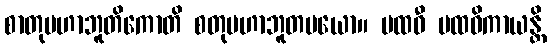
စာတုမဟာဘူတိကောတိ စတုမဟာဘူတမယော။ ပထဝီ ပထဝိကာယန္တိ